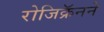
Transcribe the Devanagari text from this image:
रोजिक्रॅनने